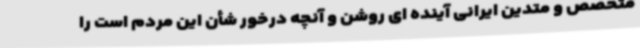
متخصص و متدین ایرانی آینده ای روشن و آنچه درخور شأن این مردم است را